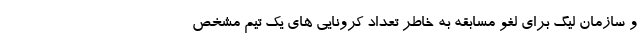
و سازمان لیگ برای لغو مسابقه به خاطر تعداد کرونایی های یک تیم مشخص